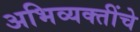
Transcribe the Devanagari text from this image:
अभिव्यक्तींचे